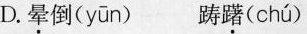
D.晕倒（ yūn ） 踌躇( chú )